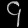
Digit: ၄